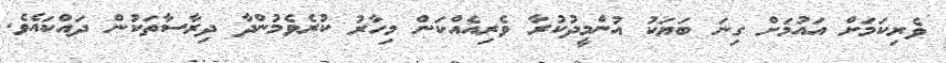
ވެރިކަމަށް އައުމަށް ގިނަ ބަޔަކު އުންމީދުކުރާ ވެރިއެއްކަން މިހާރު ކުރެވެމުންދާ ދިރާސާތަކުން ދައްކައެވެ.